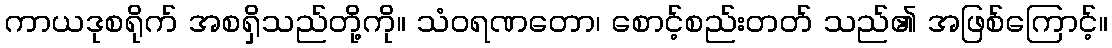
ကာယဒုစရိုက် အစရှိသည်တို့ကို။ သံဝရဏတော၊ စောင့်စည်းတတ် သည်၏ အဖြစ်ကြောင့်။